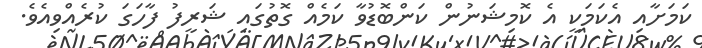
ކަމަށާއި އެކަމަކީ އެ ކޮމިޝަނުން ކަންބޮޑުވާ ކަމެއް ގޮތުގައި ޝަރީފު ފާހަގަ ކުރެއްވިއެވެ.